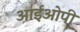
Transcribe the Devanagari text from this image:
आईओपी